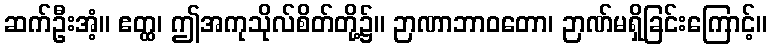
ဆက်ဦးအံ့။ ဧတ္ထ၊ ဤအကုသိုလ်စိတ်တို့၌။ ဉာဏာဘာဝတော၊ ဉာဏ်မရှိခြင်းကြောင့်။